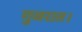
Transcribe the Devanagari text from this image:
गुजरात।